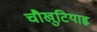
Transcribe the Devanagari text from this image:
चौखुटियाहृ